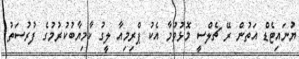
ޔުނައިޓެޑް އަތުން ރޭ ޗެލްސީ މޮޅުވުމާ އެކު ޕްރިމިއާ ލީގު ކާމިޔާބުކުރުމުގެ ފުރުސަތު